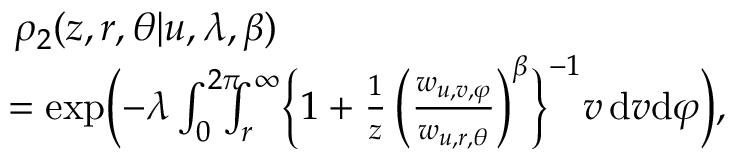
\begin{array} { r l } & { \! \! \! \! \! \! \! \! \! \! \! \! \! \! \! \! \! \! \! \! \! \! \rho _ { 2 } ( z , r , \theta | u , \lambda , \beta ) } \\ & { \! \! \! \! \! \! \! \! \! \! \! \! \! \! \! \! \! \! \! \! \! \! \! = \exp \biggl ( - \lambda \int _ { 0 } ^ { 2 \pi } \! \! \! \! \int _ { r } ^ { \infty } \Bigl \{ 1 + \frac { 1 } { z } \, \Bigl ( \frac { w _ { u , v , \varphi } } { w _ { u , r , \theta } } \Bigr ) ^ { \beta } \Bigr \} ^ { - 1 } v \, \mathrm { d } v \mathrm { d } \varphi \biggr ) , } \end{array}